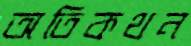
অতিকথন